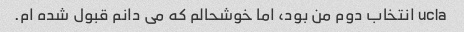
ucla انتخاب دوم من بود، اما خوشحالم که می دانم قبول شده ام.